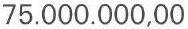
75.000.000,00